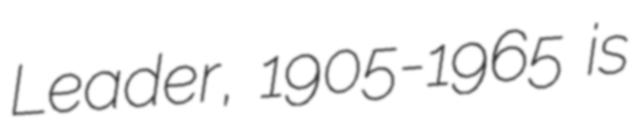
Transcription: Leader, 1905-1965 is